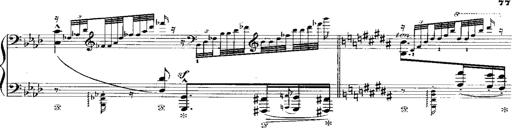
Title: Miserere du Trovatore
Composer: Franz Liszt